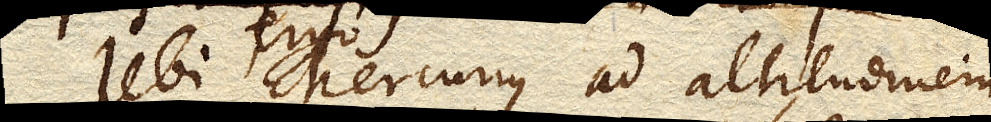
Ubi ergo Mercurius ad altitudinem